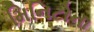
મિનિટોના